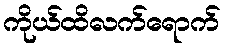
ကိုယ်ထိလက်ရောက်